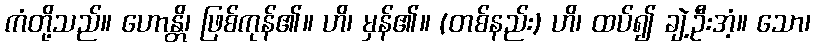
ကံတို့သည်။ ဟောန္တိ၊ ဖြစ်ကုန်၏။ ဟိ၊ မှန်၏။ (တစ်နည်း) ဟိ၊ ထပ်၍ ချဲ့ဦးအံ့။ သော၊